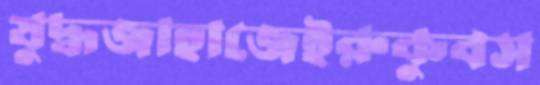
যুদ্ধজাহাজেইরুকুবস